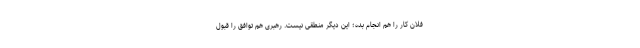
فلان کار را هم انجام بده؛ این دیگر منطقی نیست. رهبری هم توافق را قبول